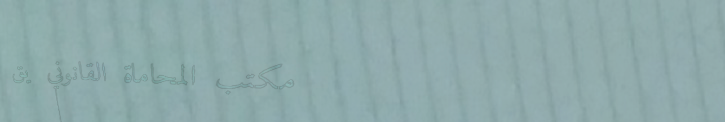
مكتب المحاماة القانوني يق